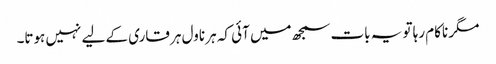
مگر ناکام رہا تو یہ بات سمجھ میں آئی کہ ہر ناول ہر قاری کے لیے نہیں ہوتا۔